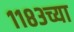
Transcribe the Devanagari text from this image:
११८३च्या